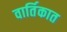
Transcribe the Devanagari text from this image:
वार्तिकात